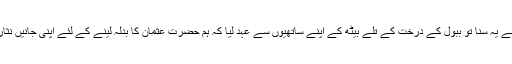
رسول خداﷺ نے یہ سنا تو ببول کے درخت کے تلے بیٹھ کے اپنے ساتھیوں سے عہد لیا کہ ہم حضرت عثمانؓ کا بدلہ لینے کے لئے اپنی جانیں نثار کر دیں گے۔